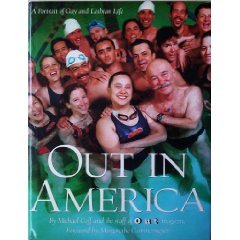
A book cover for Out in America: A Portrait of Gay and Lesbian Life; Michael Goff; Gay & Lesbian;